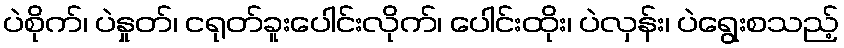
ပဲစိုက်၊ ပဲနှုတ်၊ ငရုတ်ခူးပေါင်းလိုက်၊ ပေါင်းထိုး၊ ပဲလှန်း၊ ပဲရွေးစသည့်